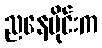
ညနေပိုင်းက